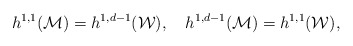
\begin{align*}h^{1,1}({\cal M})=h^{1,d-1}({\cal W}), \quad h^{1,d-1}({\cal M})=h^{1,1}({\cal W}),\end{align*}